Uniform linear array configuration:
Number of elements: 24
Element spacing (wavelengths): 0.75
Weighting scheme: uniform
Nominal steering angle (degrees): -30
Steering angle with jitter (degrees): -31.537
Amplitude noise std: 0.05
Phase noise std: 0.05

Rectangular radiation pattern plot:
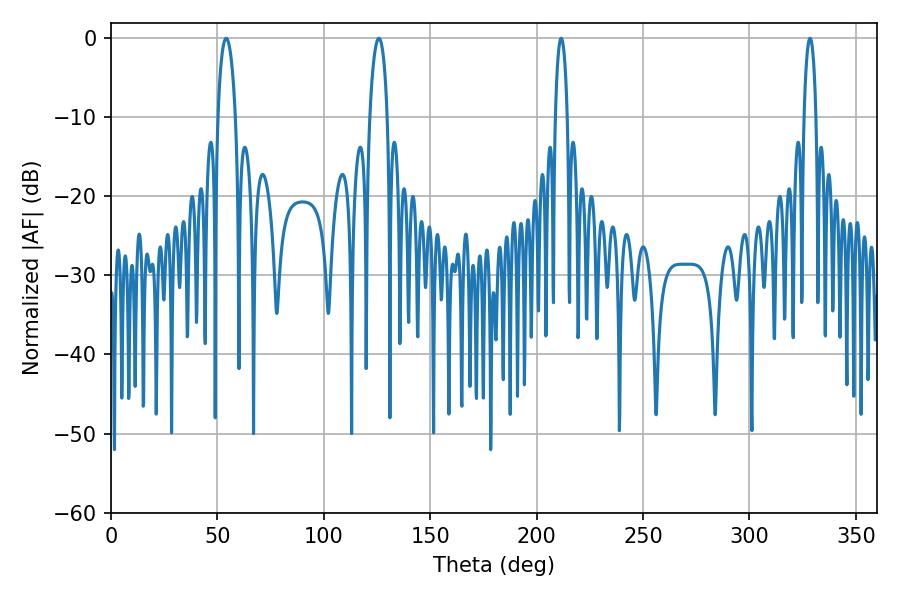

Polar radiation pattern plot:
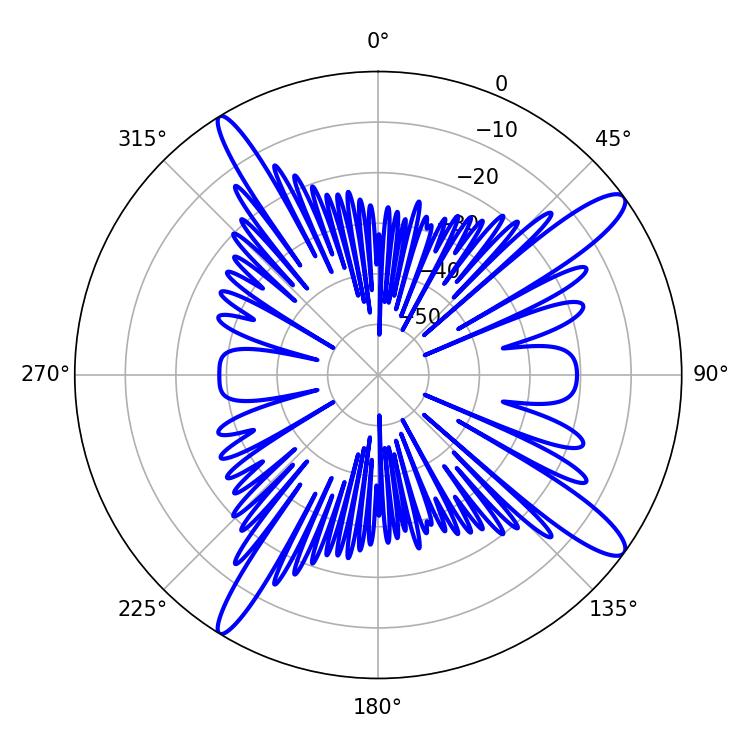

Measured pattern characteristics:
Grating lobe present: TRUE
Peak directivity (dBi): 13.667
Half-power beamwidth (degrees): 3.06
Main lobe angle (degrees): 211.5